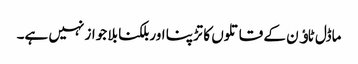
ماڈل ٹاﺅن کے قاتلوں کا تڑپنا اور بلکنا بلا جواز نہیں ہے۔